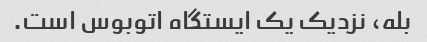
بله، نزدیک یک ایستگاه اتوبوس است.